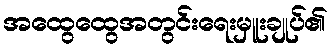
အထွေထွေအတွင်းရေးမှူးချုပ်၏